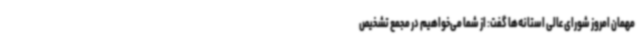
مهمان امروز شورای عالی استانه‌ها گفت: از شما می‌خواهیم در مجمع تشخیص